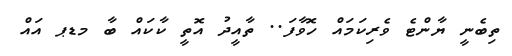
ތިބެނީ ޔާންޓެ ވެރިކަމައް ހޮވާފަ.. ތާއީދު އޮތީ ކާކައް ބާ މޑޕ އައް